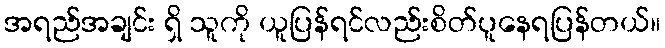
အရည်အချင်း ရှိ သူကို ယူပြန်ရင်လည်းစိတ်ပူနေရပြန်တယ်။